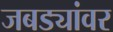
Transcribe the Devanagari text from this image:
जबड्यांवर